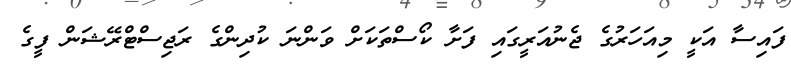
ފައިސާ އަކީ މިއަހަރުގެ ޖެނުއަރީގައި ފަށާ ކޯސްތަކަށް ވަންނަ ކުދިންގެ ރަޖިސްޓްރޭޝަން ފީގެ